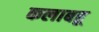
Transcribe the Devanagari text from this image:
कलाबहू